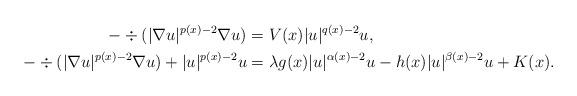
LaTeX: \begin{align*}-\div(|\nabla u|^{p(x)-2}\nabla u) &= V(x) |u|^{q(x)-2}u, \\-\div (|\nabla u|^{p(x)-2}\nabla u) + |u|^{p(x)-2}u & = \lambda g(x) |u|^{\alpha(x)-2}u - h(x) |u|^{\beta(x)-2}u +K(x).\end{align*}